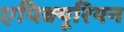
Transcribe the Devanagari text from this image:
एपिक्यूरियन